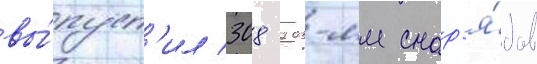
вы́пуст'ил 308 203-мм снар'я́дов